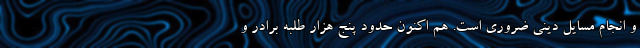
و انجام مسایل دینی ضروری است. هم اکنون حدود پنج هزار طلبه برادر و